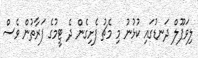
ލިވަޕޫލް ދަނޑުގައި ކުޅުނު މި މެޗު ފެށިގެން ދެ ޓީމުގެ ފަރާތުން ވެސް